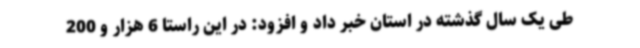
طی یک سال گذشته در استان خبر داد و افزود: در این راستا 6 هزار و 200